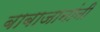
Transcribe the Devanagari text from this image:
बाबाजानांनी